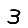
Digit: 3